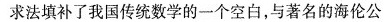
求法填补了我国传统数学的一个空白，与著名的海伦公